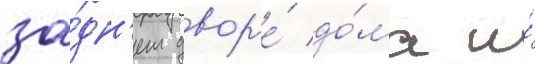
за́дн'ем двор'е́ до́ма и́